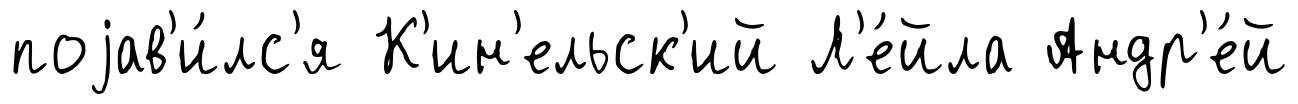
поjав'и́лс'я К'ин'ельск'ий Л'е́йла Андр'е́й